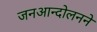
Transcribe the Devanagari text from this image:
जनआन्दोलनने